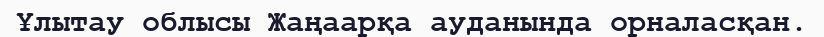
Ұлытау облысы Жаңаарқа ауданында орналасқан.